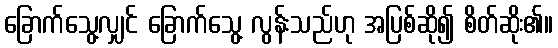
ခြောက်သွေ့လျှင် ခြောက်သွေ့ လွန်းသည်ဟု အပြစ်ဆို၍ စိတ်ဆိုး၏။